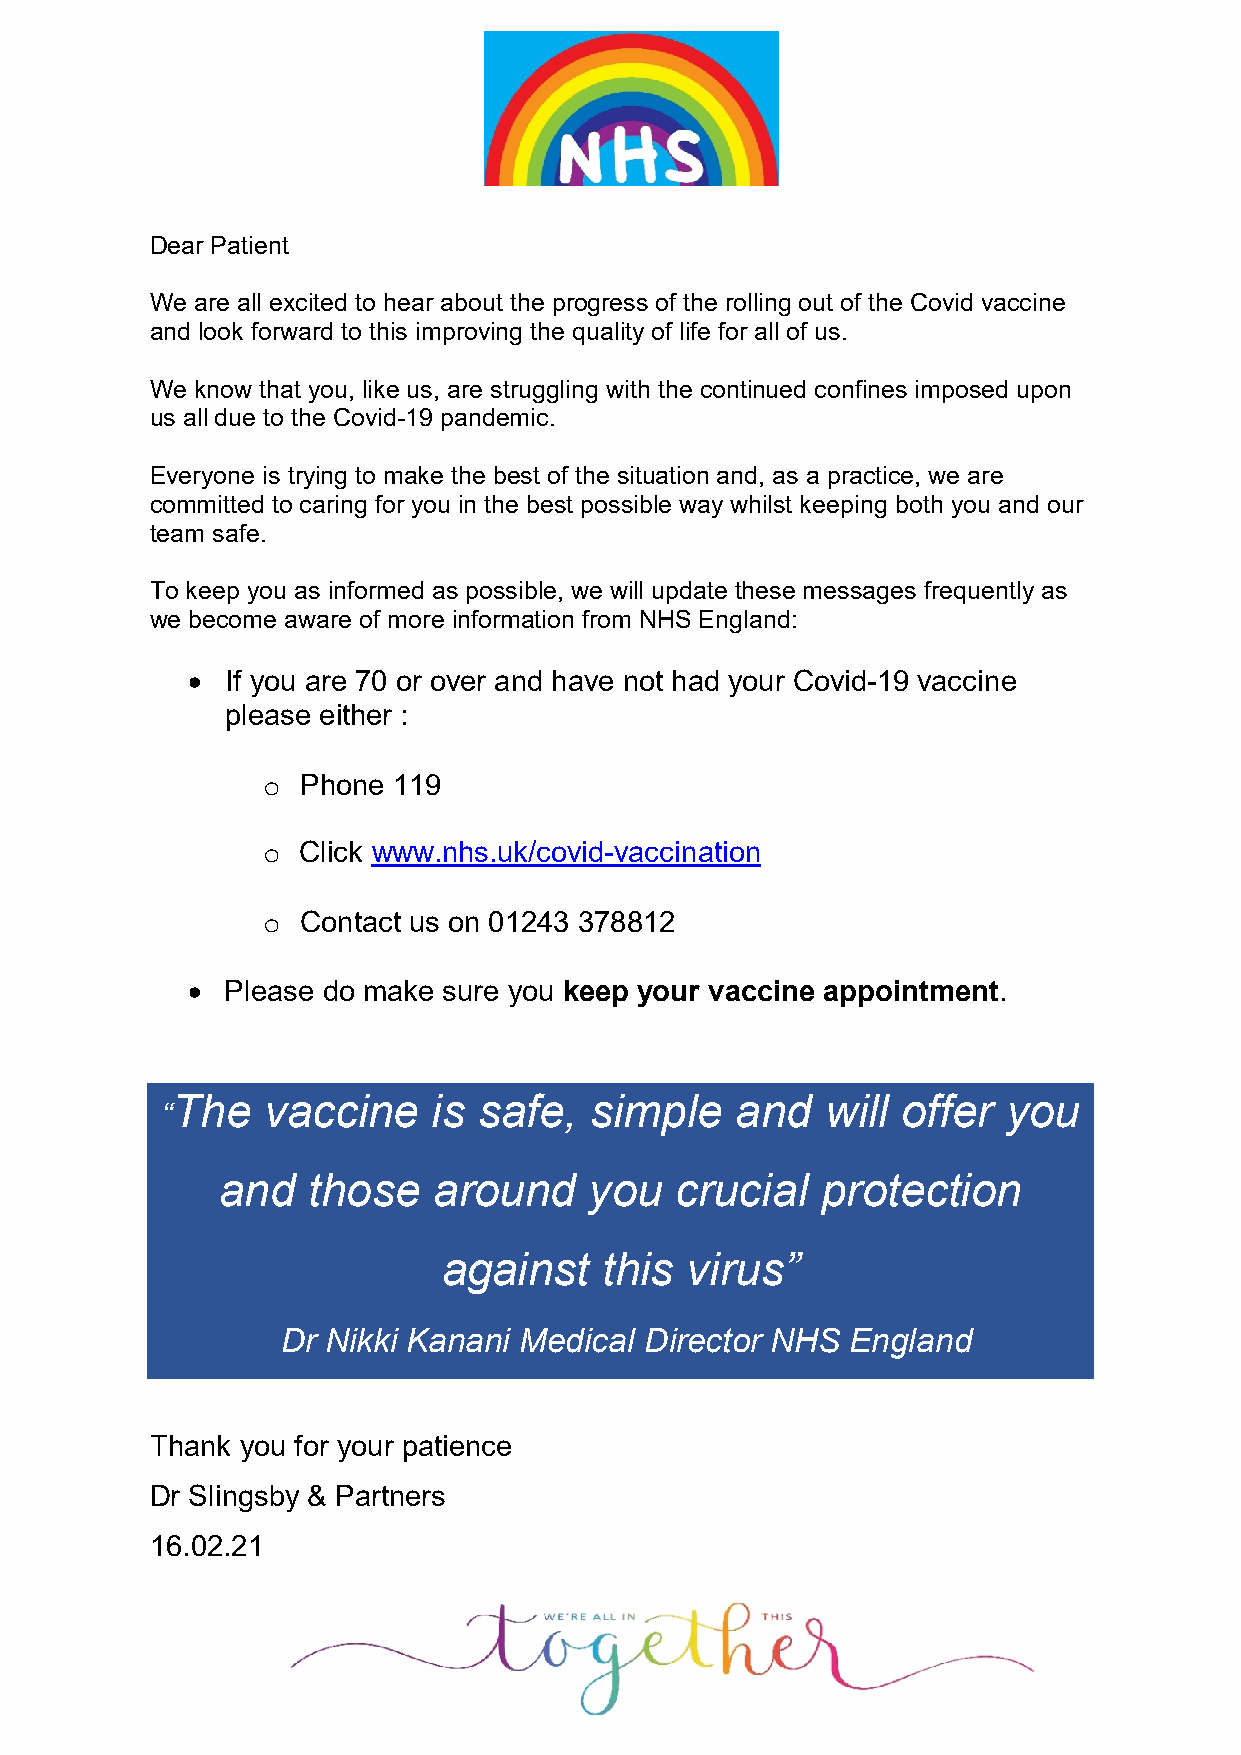
Dear Patient
 We are all excited to hear about the progress of the rolling out of the Covid vaccine
 and look forward to this improving the quality of life for all of us.
 We know that you, like us, are struggling with the continued confines imposed upon
 us all due to the Covid-19 pandemic.
 Everyone is trying to make the best of the situation and, as a practice, we are
 committed to caring for you in the best possible way whilst keeping both you and our
 team safe.
 To keep you as informed as possible, we will update these messages frequently as
 we become aware of more information from NHS England:
   If you are 70 or over and have not had your Covid-19 vaccine
 please either :
 o  Phone 119
 o  Click www.nhs.uk/covid-vaccination
 o  Contact us on 01243 378812
   Please do make sure you keep your vaccine appointment.
 The   vaccine     is safe,  simple    and   will offer  you
 “
 and   those    around    you   crucial  protection
 against    this virus”
 Dr Nikki Kanani Medical Director NHS England
 Thank you for your patience
 Dr Slingsby & Partners
 16.02.21